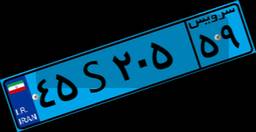
۴۵S۲۰۵۵۹